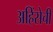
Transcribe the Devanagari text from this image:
अहिंसेची